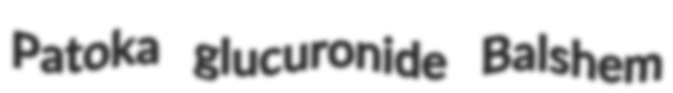
Patoka glucuronide Balshem